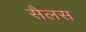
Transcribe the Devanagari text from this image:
सैलस